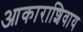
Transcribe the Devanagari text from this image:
आकाराशिवाय